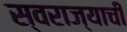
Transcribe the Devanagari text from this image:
स्‍वराज्याची